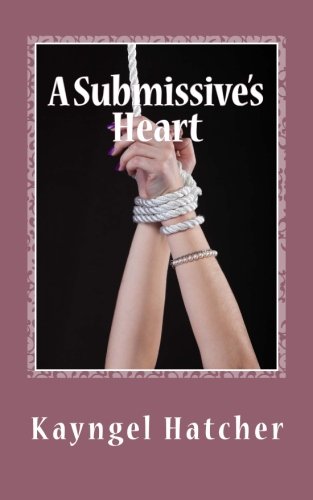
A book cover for A Submissive's Heart; Kayngel Hatcher; Romance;